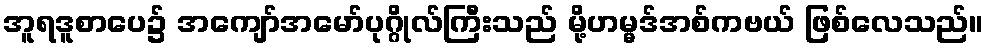
အူရဒူစာပေ၌ အကျော်အမော်ပုဂ္ဂိုလ်ကြီးသည် မို့ဟမ္မဒ်အစ်ကဗယ် ဖြစ်လေသည်။